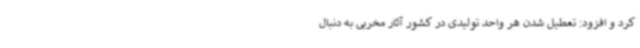
کرد و افزود: تعطیل شدن هر واحد تولیدی در کشور آثار مخربی به دنبال